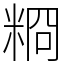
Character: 𥺂